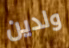
ولدين